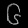
Digit: ၆